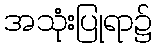
အသုံးပြုရာ၌